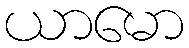
ယာမော